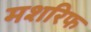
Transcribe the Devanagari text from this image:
मशरिफ